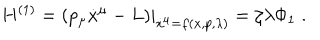
LaTeX: H ^ { ( 1 ) } = \left. \left( p _ { \mu } \dot { x } ^ { \mu } - L \right) \right| _ { \dot { x } ^ { \mu } = f ( x , p , \lambda ) } = \zeta \lambda \Phi _ { 1 } \; .